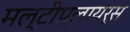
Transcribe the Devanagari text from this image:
मल्टीप्लायर्स